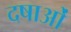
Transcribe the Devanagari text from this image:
दषाओं